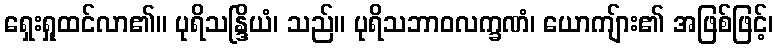
ရှေးရှုထင်လာ၏။ ပုရိသန္ဒြိယံ၊ သည်။ ပုရိသဘာဝလက္ခဏံ၊ ယောကျ်ား၏ အဖြစ်ဖြင့်၊